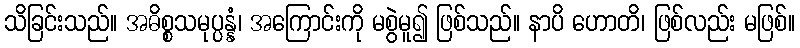
သိခြင်းသည်။ အဓိစ္စသမုပ္ပန္နံ၊ အကြောင်းကို မစွဲမူ၍ ဖြစ်သည်။ နာပိ ဟောတိ၊ ဖြစ်လည်း မဖြစ်။